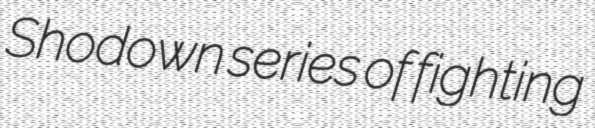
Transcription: Shodown series of fighting